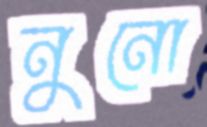
নুনো